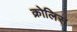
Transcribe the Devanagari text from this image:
क्रोलिस